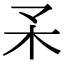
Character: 𣎼